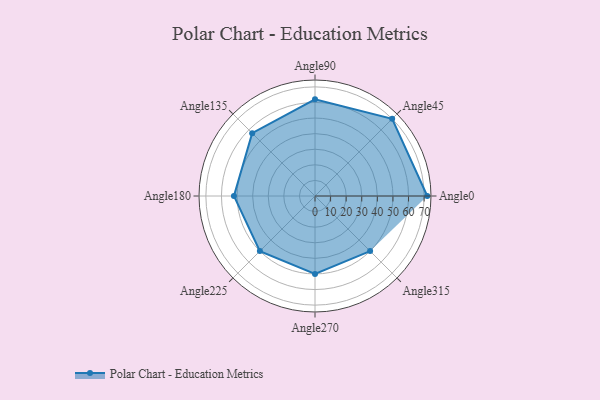
{"axis": {"x": "Angle", "y": "Radius"}, "legend": [""], "data": [{"x": "Angle0", "y": 72.0, "type": ""}, {"x": "Angle45", "y": 70.0, "type": ""}, {"x": "Angle90", "y": 62.0, "type": ""}, {"x": "Angle135", "y": 57.0, "type": ""}, {"x": "Angle180", "y": 52.0, "type": ""}, {"x": "Angle225", "y": 50, "type": ""}, {"x": "Angle270", "y": 50, "type": ""}, {"x": "Angle315", "y": 50, "type": ""}]}